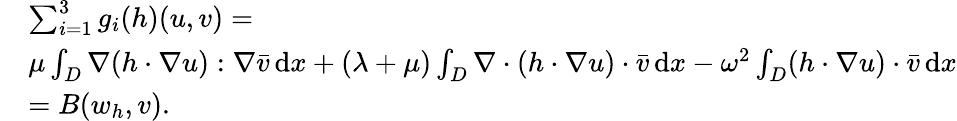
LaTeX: \begin{array}{rl}&{\sum_{i=1}^{3}g_{i}(h)(u,v)=}\\ &{\mu\int_{D}\nabla(h\cdot\nabla u):\nabla\bar{v}\, \mathrm{d}x+(\lambda+\mu)\int_{D}\nabla\cdot(h\cdot\nabla u)\cdot\bar{v}\, \mathrm{d}x-\omega^{2}\int_{D}(h\cdot\nabla u)\cdot\bar{v}\, \mathrm{d}x}\\ &{=B(w_{h},v).}\end{array}